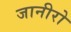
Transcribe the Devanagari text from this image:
जानीरो